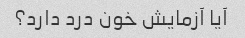
آیا آزمایش خون درد دارد؟